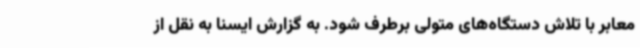
معابر با تلاش دستگاه‌های متولی برطرف شود. به گزارش ایسنا به نقل از